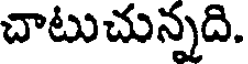
చాటుచున్నది.